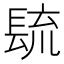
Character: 𰿐